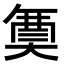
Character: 𭑟